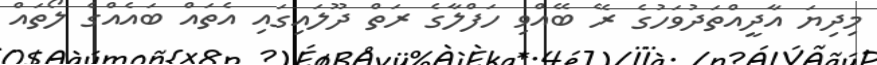
މިދިޔަ އާދީއްތަދުވަހުގެ ރޭ ބޭއްވި ހަފްލާގެ ރަތް ދޫލައިގައި އެތައް ބައެއްގެ ލޯތައް